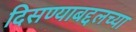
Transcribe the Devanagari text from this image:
दिसण्याबद्दलच्या